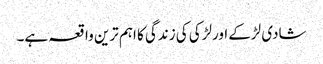
شادی لڑکے اورلڑکی کی زندگی کا اہم ترین واقعہ ہے۔